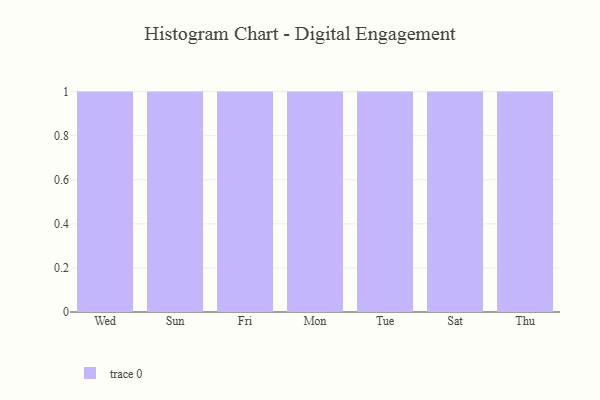
{"axis": {"x": "Day", "y": "Tickets Resolved"}, "legend": [""], "data": [{"x": "Wed", "y": 10, "type": ""}, {"x": "Sun", "y": 39, "type": ""}, {"x": "Fri", "y": 11, "type": ""}, {"x": "Mon", "y": 26, "type": ""}, {"x": "Tue", "y": 71, "type": ""}, {"x": "Sat", "y": 13, "type": ""}, {"x": "Thu", "y": 4, "type": ""}]}